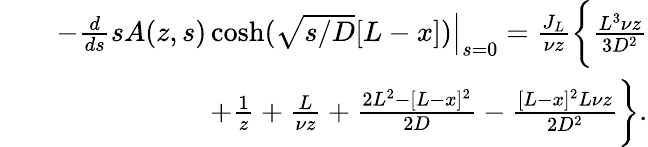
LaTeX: \begin{array}{rlr}&{}&{-\left.\frac{d}{ds}sA(z,s)\cosh(\sqrt{s/D}[L-x])\right|_{s=0}=\frac{J_{L}}{\nu z}\bigg\{ \frac{L^{3}\nu z}{3D^{2}}}\\ &{}&{+\frac{1}{z}+\frac{L}{\nu z}+\frac{2L^{2}-[L-x]^{2}}{2D}-\frac{[L-x]^{2}L\nu z}{2D^{2}}\bigg\} .}\end{array}